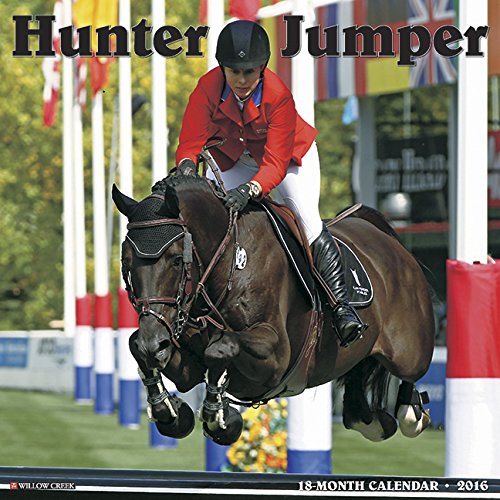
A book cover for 2016 Hunter & Jumper Wall Calendar; Willow Creek Press; Calendars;